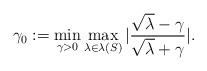
LaTeX: \begin{align*}\gamma_0:=\min\limits_{\gamma>0}\max\limits_{\lambda\in \lambda(S)} |\frac{\sqrt{\lambda}-\gamma}{\sqrt{\lambda}+\gamma}|.\end{align*}